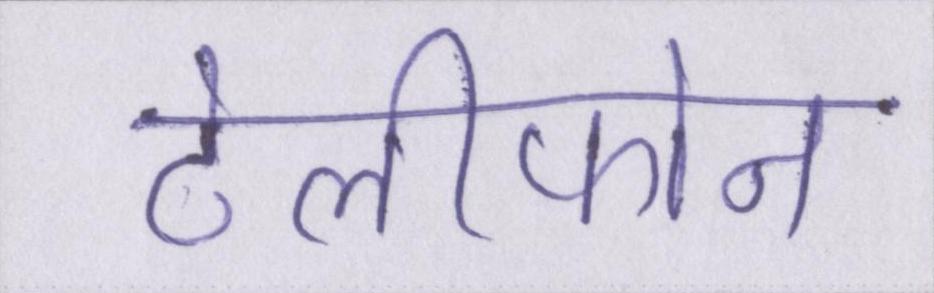
टेलीफोन